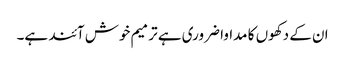
ان کے دکھوں کا مداوا ضروری ہے ترمیم خوش آئند ہے۔